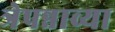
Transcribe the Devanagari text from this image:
त्रेपन्नाव्या